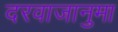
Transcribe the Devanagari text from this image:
दरवाजानुमा